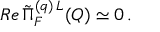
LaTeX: R e \, \tilde { \Pi } _ { F } ^ { ( q ) \, L } ( Q ) \simeq 0 \, .